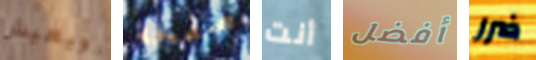
ويعيش صفحه أنت أفضل ضرر